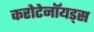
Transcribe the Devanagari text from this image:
करोटेनॉयड्स